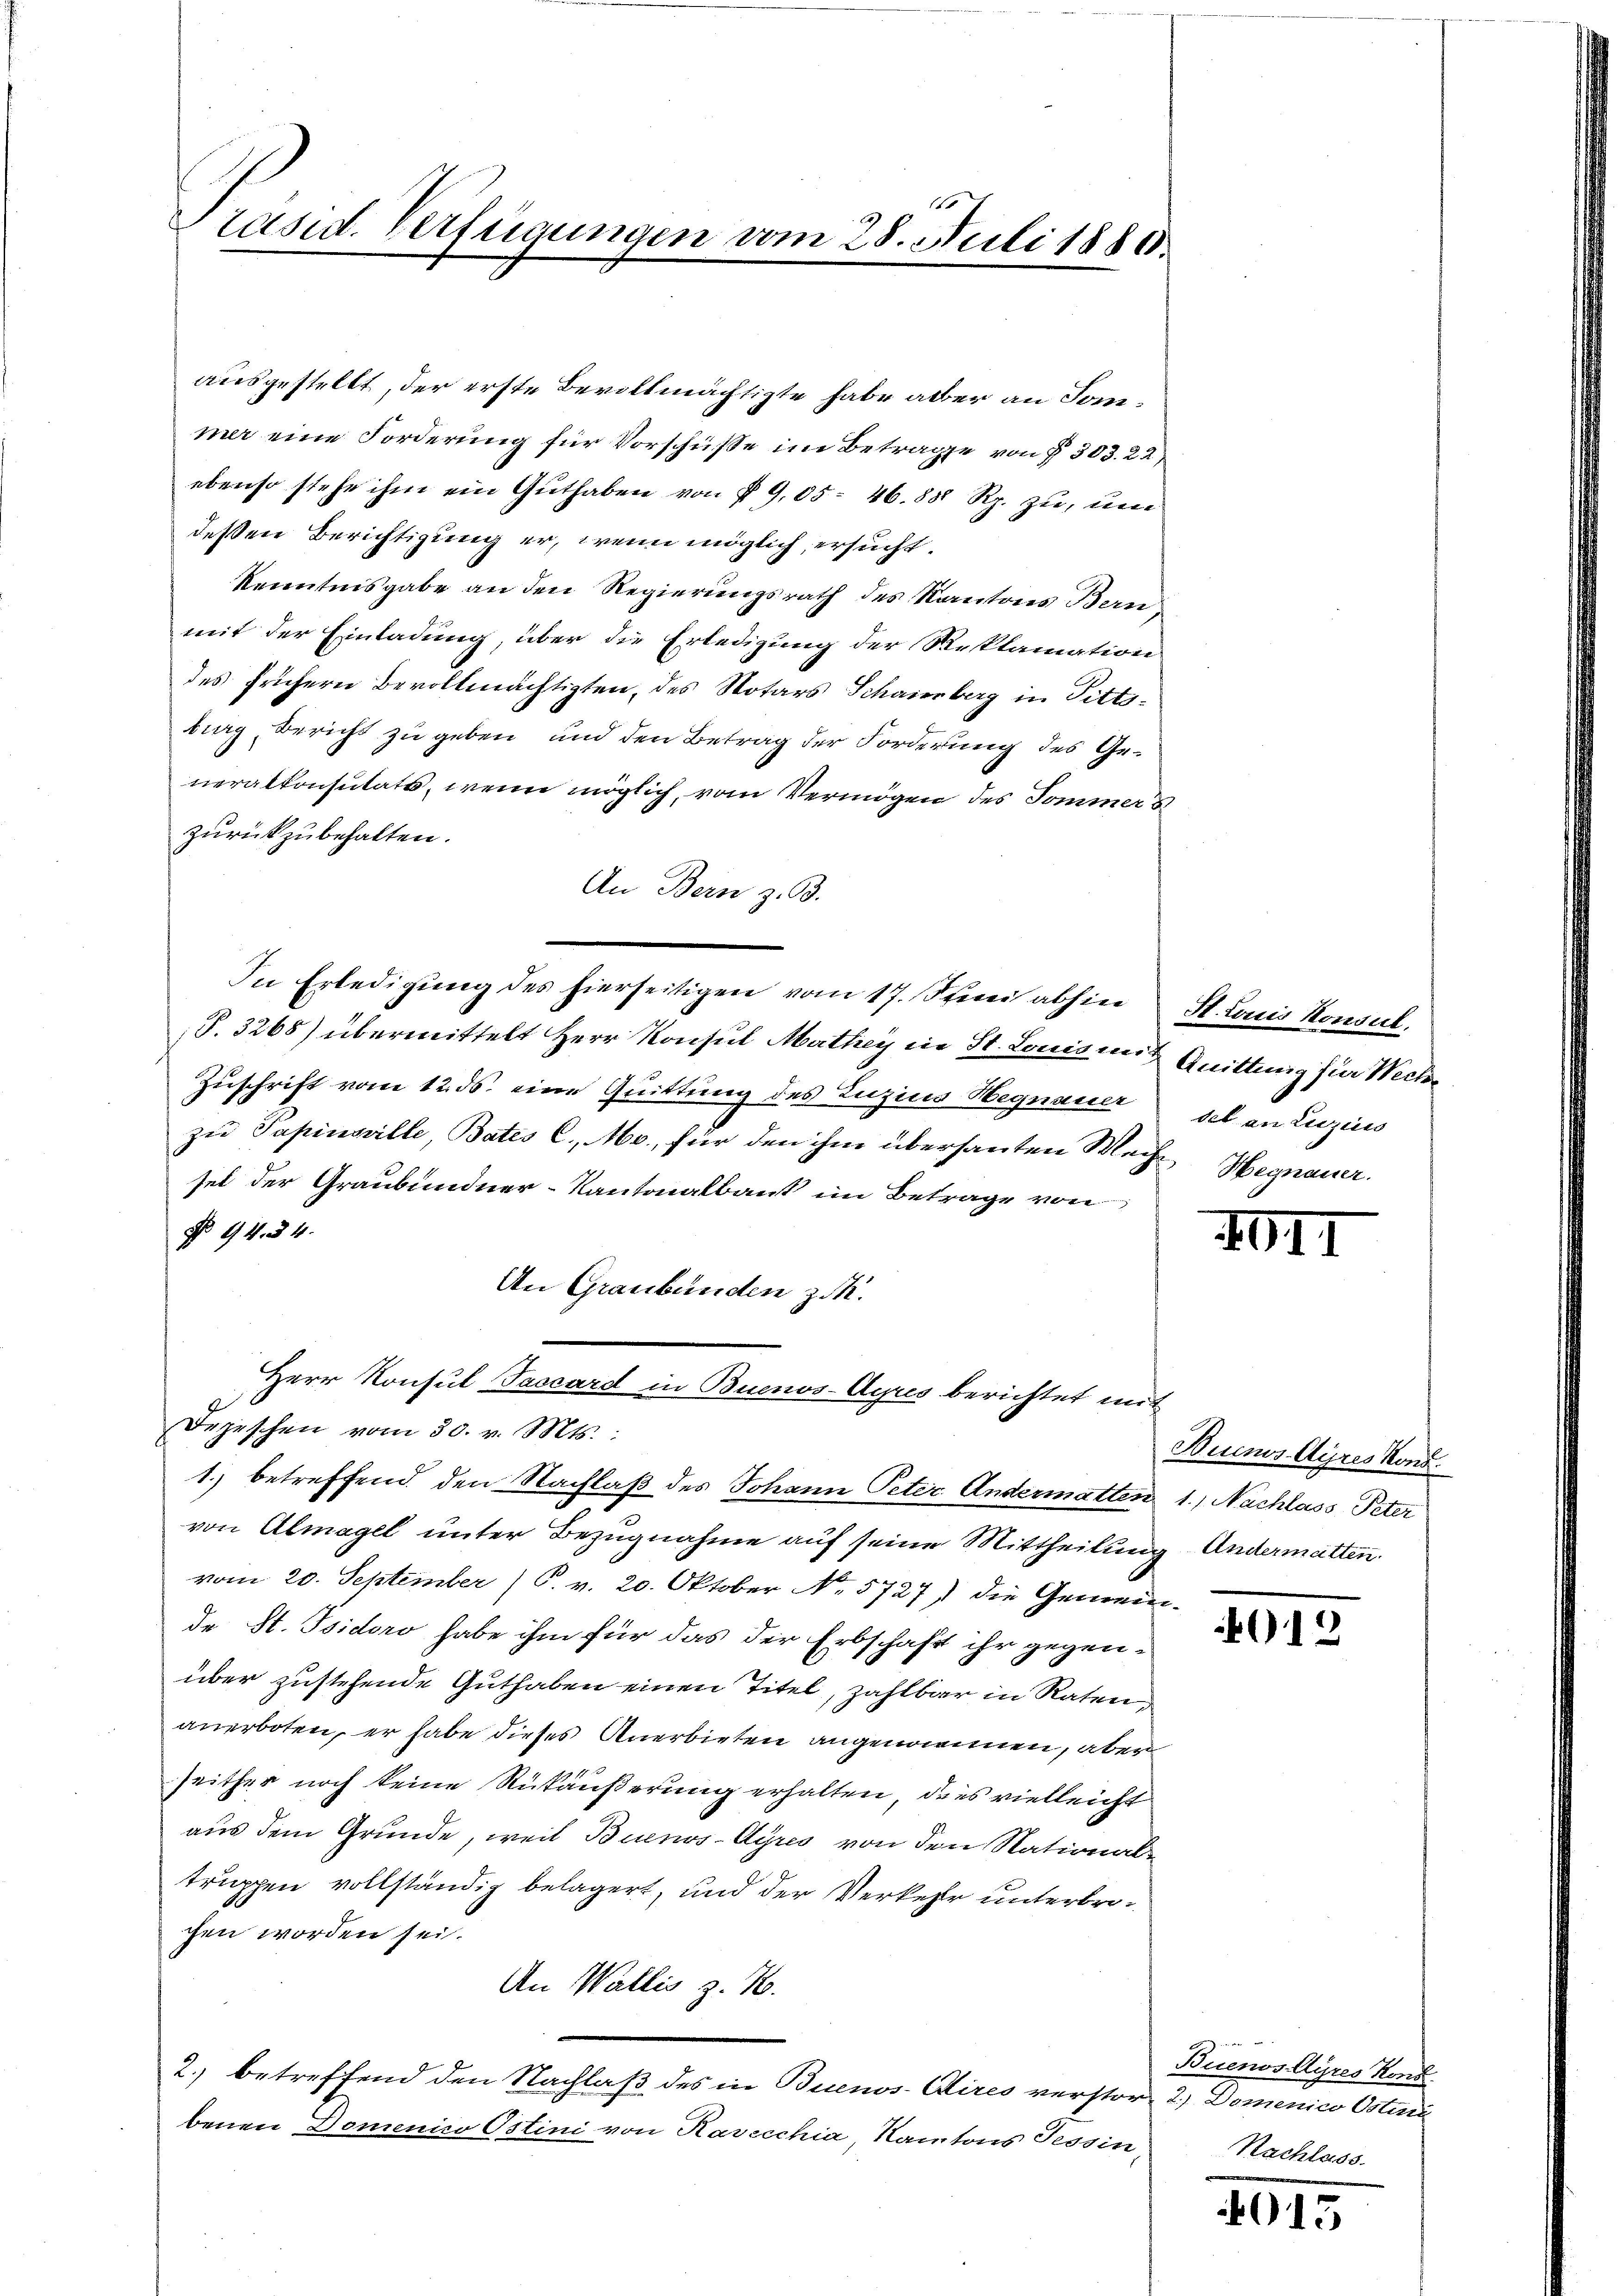
1
Präsid. Verfügungen vom 28. Juli 1883.

ausgestellt, der erste Bevollmächtigte habe aber an Sonmer eine Forderung für Vorschüße im Betrage von § 303. 22
ebenso stehe ihm ein Guthaben von § 9,05. 46. 888 Rp. zu, un
dessen Berichtigung er, wenn möglich, ersucht.
Kenntnisgabe an den Regierungsrath des Kantons Bern
mit der Einladung, über die Erledigung der Resplamation
des frühern Bevollmächtigten, des Notars Schamberg in Fittibug Bericht zu geben, und den Betrag der Forderung des Generalkonsulats, wenn möglich, vom Vermögen des Sommer s
zurückzubehalten.
An Bern z. B.
In Erledigŭng des hierseitigen vom 17. Strei abhin St. Louis Konsul
T. 3265) übermittelt Herr Konsul Mathey in St. Louis mit Quittung für Wecke
Zuschrift vom 12. ds. eine Quittung des Luzius Hegnauer sel an Luzius
zu Papinsville, Bates C. M., für den ihm übersanten Mech Hegnauer.
sel der Graubündner-Kantonalbank im Betrage von
No 94. 34.
An Graubünden zu.
Herr Konsul Tascard in Buenos-Ayus berichtet mit
Depeschen vom 30. v. Mts.:
1.) betreffend den Nachlaß des Johann Peter Andermatten 1.) Nachlass Peter
von Almagel unter Bezugnahme auf seine Mittheilung Andermatten.
vom 20. September) P. v. 20. Oktober No. 5727) die Gemeinde St. Isidoro habe ihm für das der Erbschaft ihr gegenüber zustehende Guthaben einen Titel, zahlbar in Raten,
anerboten, er habe dieses Anerbieten angenommen, aber
seither noch keine Rükäußerung erhalten, dies vielleicht
aus dem Grunde, weil Buenos-Ayres von den Nationale
truppen vollständig belagert, und der Verkehr unterbrochen worden sei.
An Wallis z. B.
2.) betreffend den Nachlaß des in Buenos-Aires verstor 2) Domenico Ostini
benen Domenico Ostini von Kavecchia, Kantons Tessin,

40II

Buenos-Ayres Kons.

012

Buenos-Ayres Kons
Nachlass

4015